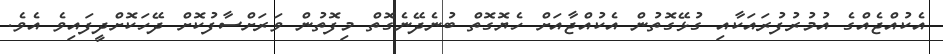
އެކުއްޖެއްގެ އުމުރުފުރައަކާއި ގުޅޭގޮތުން އެކުއްޖާއަށް ހެޔޮގޮތް ބުނެދޭނެގޮތް މިފޮތުން ވަރަށްސާފުކޮށް ދޭހަކޮށްދީފައިވެ އެވެ.